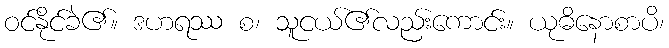
ဝင်နိုင်ခဲ၏။ ဒဟရဿ စ၊ သူငယ်၏လည်းကောင်း။ ယုဓိနောစာပိ၊